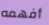
أفهمه